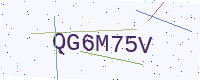
Text: QG6M75V